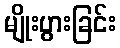
မျိုးပွားခြင်း